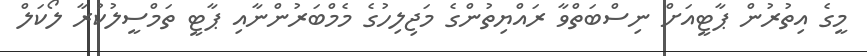
މީގެ އިތުރުން ޕާޓީއަށް ނިސްބަތްވާ ރައްޔިތުންގެ މަޖިލިހުގެ މެމްބަރުންނާއި ޕާޓީ ތަމްސީލުކުރާ ލޯކަލް